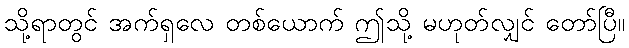
သို့ရာတွင် အက်ရှလေ တစ်ယောက် ဤသို့ မဟုတ်လျှင် တော်ပြီ။